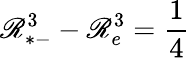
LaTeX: \mathscr{R}_{*-}^{3}-\mathscr{R}_{e}^{3}={\frac{{1}}{{4}}}